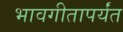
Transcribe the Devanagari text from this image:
भावगीतापर्यंत